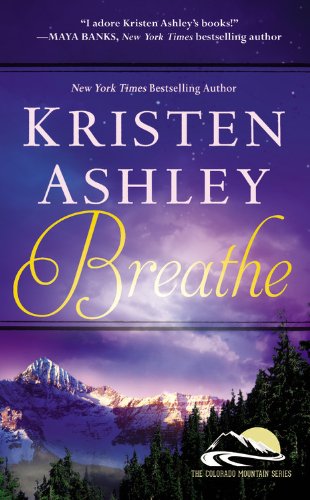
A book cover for Breathe (Colorado Mountain); Kristen Ashley; Romance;